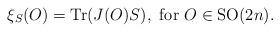
LaTeX: \begin{align*} \xi_S(O) = {\rm Tr}(J(O)S), \ {\rm for} \ O \in {\rm SO}(2n).\end{align*}